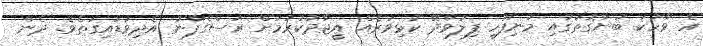
އެ ވާހަކަ ބުނާގޮތުގައި މުނިފޫހި ފިލުވާދޭ ކުޅިވަރެއް އީޖާދުކުރުމަށް ރަސްގެފާނު އެދިވަޑައިގަތެވެ. ދެން